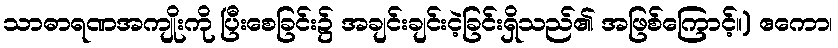
သာဓာရဏအကျိုးကို ပြီးစေခြင်း၌ အချင်းချင်းငဲ့ခြင်းရှိသည်၏ အဖြစ်ကြောင့်။) ဧကော၊